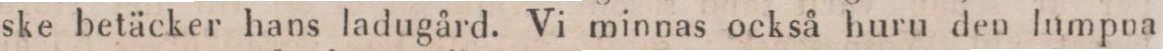
ske betäcker hans ladugård. Vi minnas också huru den lumpna